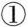
①